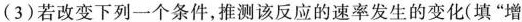
(3)若改变下列一个条件，推测该反应的速率发生的变化(填”增